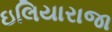
ઇલિયારાજા